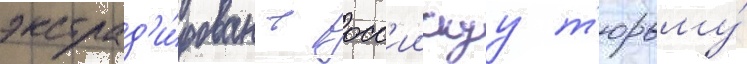
экстрад'и́рован в росс'иискуу т'юрьму́